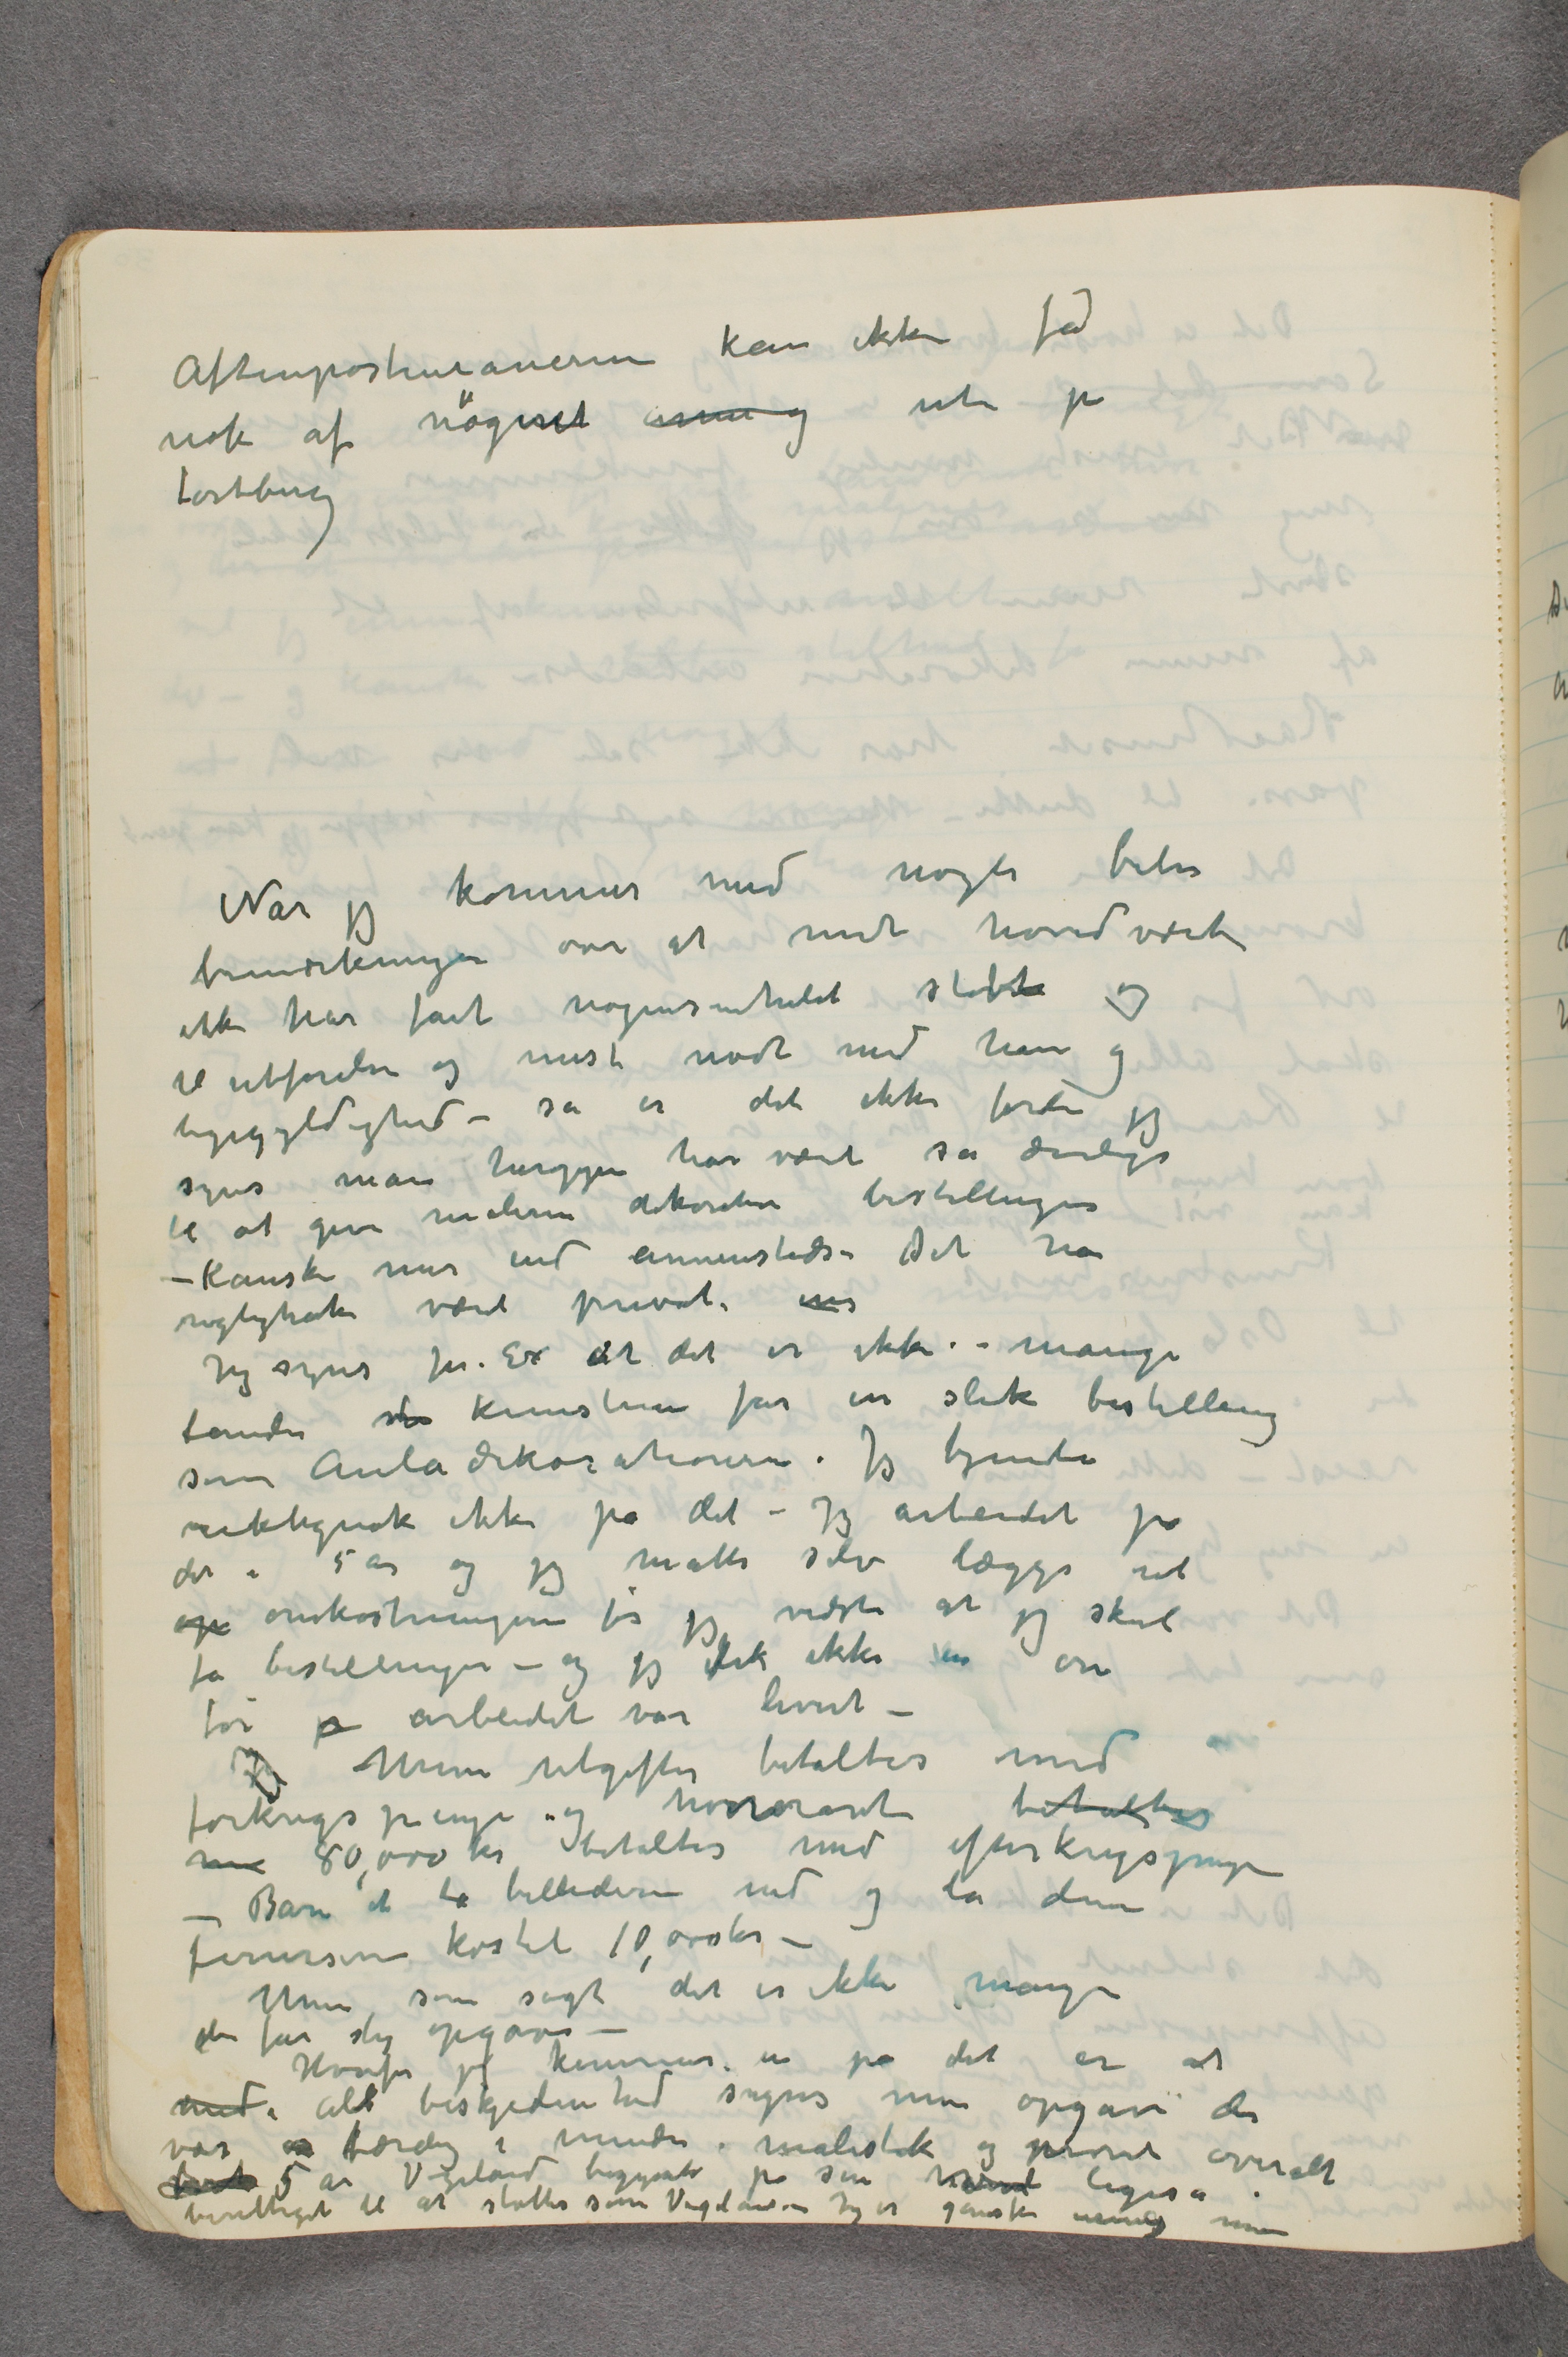
Aftenpostenianerne kan ikke få
nok af nøgent arm og ute på
tørtberg

Når jeg kommer med nogle bitre
bemærkninger om at mit hovedværk
ikke har fået nogensomhelst støtte og
til utførelse og mest mødt med hån og
ligegyldighed – så er det ikke fordi jeg
syns man heroppe har vært sa dårlige
til at give malerne dekorative bestillinger
– Kanske mer end annensteds – Det har
rigtighok vært privat.  … 
Jeg syns for. Ex at det er ikke i mange
lande  …  kunstnere får en slik bestilling
som Auladekorationerne. Jeg tjente
riktignok ikke på det – Jeg arbeidet på
det i 5 år og jeg måtte selv lægge ut
op omkostningerne før jeg vidste at jeg skule
få bestillingen – og jeg fik ikke en øre
før p arbeidet var levert –
 Jeg Mine utgifter betaltes med
førkrigspenge – og honoraret betaltes
me 80,000 kr betaltes med efterkrigspenge
– Bare at ta billederne ned og la dem
fernisere kostet 10,000 kr –
Men som sagt det er ikke mange
der får slig opgave –
Hvorfor jeg kommer in på det er at
med i all beskjedenhed synes min opgave der
var  …  færdig i indre målestok og prøvet overalt
 …  5 år Vigeland begynte på sin  …  ligeså
berettiget til at støttes som Vigeland – Jeg er ganske uenig men